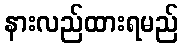
နားလည်ထားရမည်